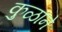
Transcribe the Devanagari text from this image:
कुळाने